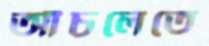
আঁচলেতে